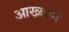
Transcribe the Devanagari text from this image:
आख्यानं